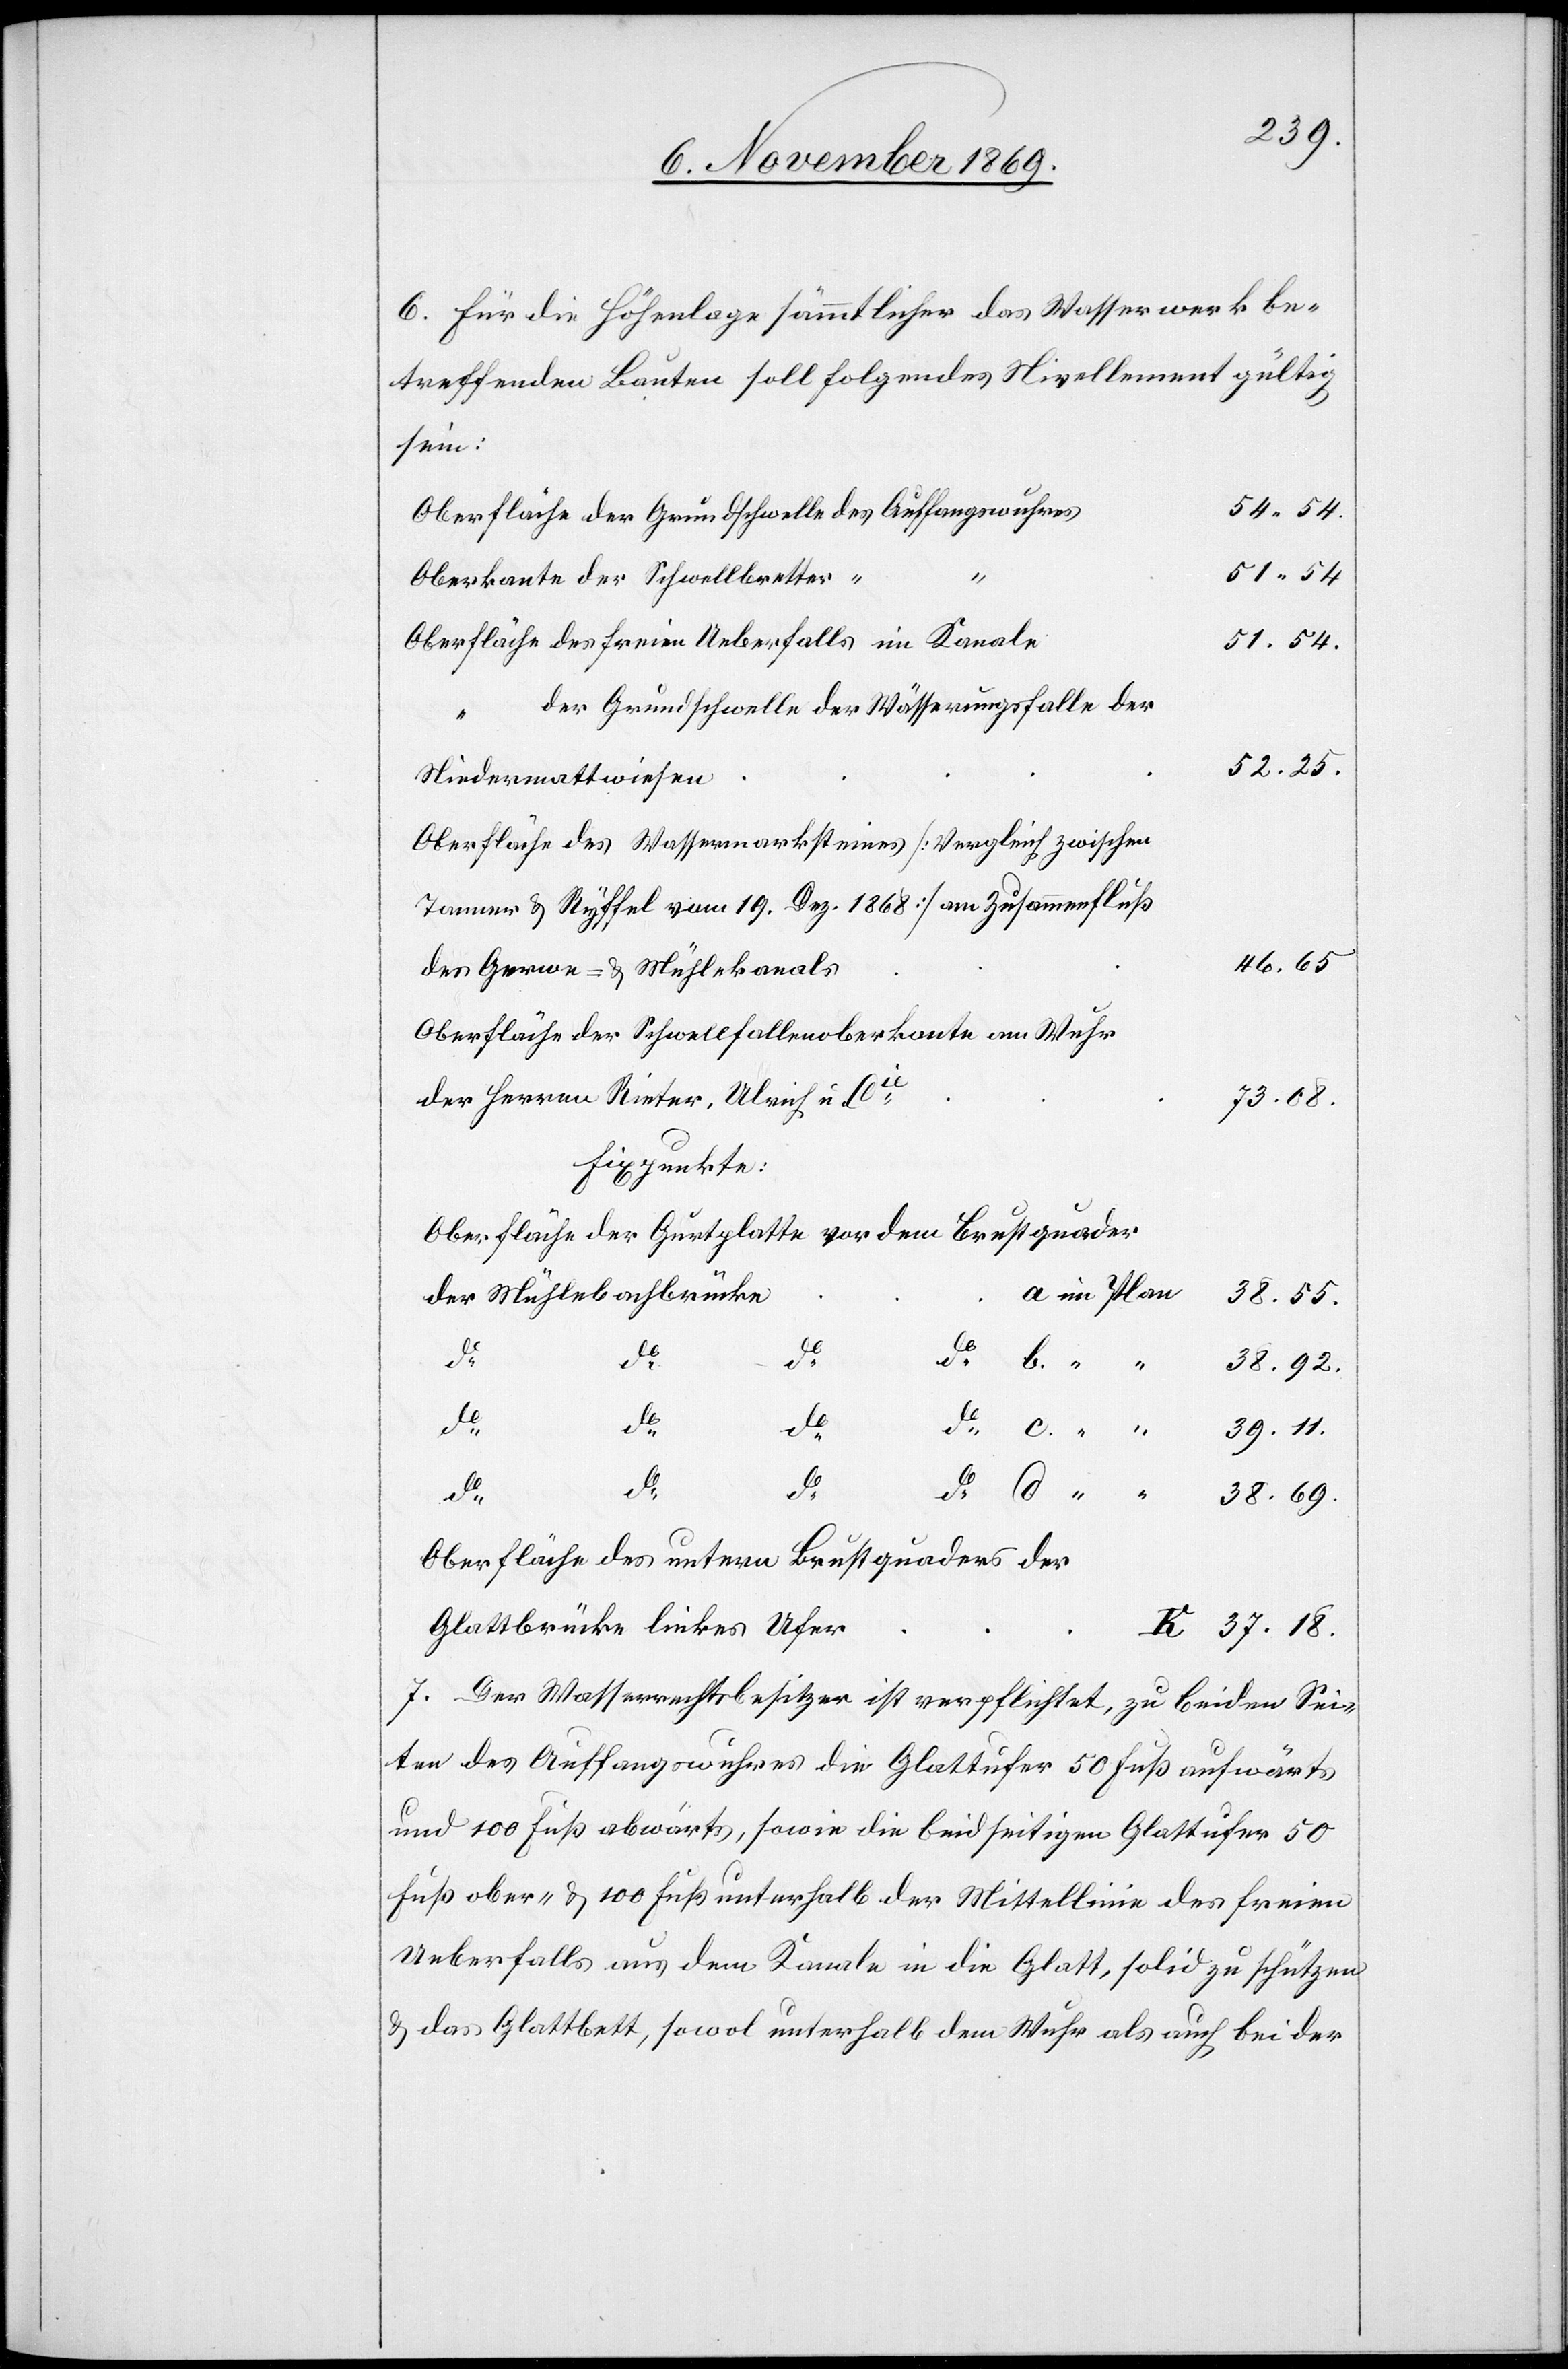
38.69.
6. Für die Höhenlage sämmtlicher das Wasserwerk be¬
treffenden Bauten soll folgendes Nivellement gültig
sein:
54.54.
Oberfläche der Grundschwelle des Auffangswuhres
51.54
Oberkante der Schwellbretter “
Oberfläche des freien Ueberfalls im Kanale
51.54.
der Grundschwelle der Wässerungsfalle der
52.25.
“
Niedermattwiesen
Oberfläche des Wassermarksteines [Vergleich zwischen
Tanner & Ryffel vom 19. Dez. 1868] am Zusammenfluß
46.65
des Gerwe- & Mühlekanals
Oberfläche der Schwellfallenoberkante am Wuhr
der Herren Rieter, Ulrich & Cie
37.18.
Fixpunkte:
Oberfläche der Gurtplatte vor dem Brustquader
der Mühlebachbrücke
d
c.
a
Plan
Oberfläche des untern Brustquaders der
Glattbrücke linkes Ufer
7. Der Wasserrechtsbesitzer ist verpflichtet, zu beiden Sei¬
ten des Auffangswuhres die Glattufer 50 Fuß aufwärts
und 100 Fuß abwärts, sowie die beidseitigen Glattufer 50
Fuß ober- & 100 Fuß unterhalb der Mittellinie des freien
Ueberfalls aus dem Kanale in die Glatt, solid zu schützen
& das Glattbett, sowol unterhalb dem Wuhr als auch bei der